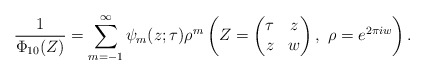
\begin{align*}\frac1{\Phi_{10}(Z)}=\sum_{m=-1}^\infty \psi_m(z; \tau)\rho^m\left(Z=\left(\begin{matrix} \tau&z \\ z&w\end{matrix}\right),\ \rho=e^{2\pi iw}\right).\end{align*}